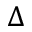
\Delta